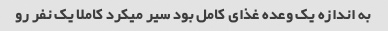
به اندازه یک وعده غذای کامل بود سیر میکرد کاملا یک نفر رو